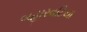
બહારવટિયા